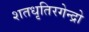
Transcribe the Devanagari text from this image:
शतधृतिरगेन्द्रो